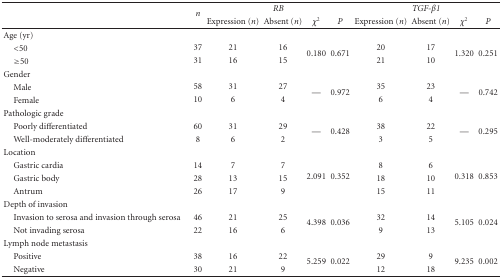
| <ROWSPAN=2>  | <ROWSPAN=2> n | <COLSPAN=4> RB | <COLSPAN=4> TGF-β1 |
 | Expression (n) | Absent (n) | χ2 | P | Expression (n) | Absent (n) | χ2 | P |
 | --- | --- | --- | --- | --- | --- | --- | --- | --- | --- |
 | Age (yr) |  |  |  |  |  |  |  |  |  |
 | <50 | 37 | 21 | 16 | <ROWSPAN=2> 0.180 | <ROWSPAN=2> 0.671 | 20 | 17 | <ROWSPAN=2> 1.320 | <ROWSPAN=2> 0.251 |
 | ≥50 | 31 | 16 | 15 | 21 | 10 |
 | Gender |  |  |  |  |  |  |  |  |  |
 | Male | 58 | 31 | 27 | <ROWSPAN=2> — | <ROWSPAN=2> 0.972 | 35 | 23 | <ROWSPAN=2> — | <ROWSPAN=2> 0.742 |
 | Female | 10 | 6 | 4 | 6 | 4 |
 | Pathologic grade |  |  |  |  |  |  |  |  |  |
 | Poorly differentiated | 60 | 31 | 29 | <ROWSPAN=2> — | <ROWSPAN=2> 0.428 | 38 | 22 | <ROWSPAN=2> — | <ROWSPAN=2> 0.295 |
 | Well-moderately differentiated | 8 | 6 | 2 | 3 | 5 |
 | Location |  |  |  |  |  |  |  |  |  |
 | Gastric cardia | 14 | 7 | 7 | <ROWSPAN=3> 2.091 | <ROWSPAN=3> 0.352 | 8 | 6 | <ROWSPAN=3> 0.318 | <ROWSPAN=3> 0.853 |
 | Gastric body | 28 | 13 | 15 | 18 | 10 |
 | Antrum | 26 | 17 | 9 | 15 | 11 |
 | Depth of invasion |  |  |  |  |  |  |  |  |  |
 | Invasion to serosa and invasion through serosa | 46 | 21 | 25 | <ROWSPAN=2> 4.398 | <ROWSPAN=2> 0.036 | 32 | 14 | <ROWSPAN=2> 5.105 | <ROWSPAN=2> 0.024 |
 | Not invading serosa | 22 | 16 | 6 | 9 | 13 |
 | Lymph node metastasis |  |  |  |  |  |  |  |  |  |
 | Positive | 38 | 16 | 22 | <ROWSPAN=2> 5.259 | <ROWSPAN=2> 0.022 | 29 | 9 | <ROWSPAN=2> 9.235 | <ROWSPAN=2> 0.002 |
 | Negative | 30 | 21 | 9 | 12 | 18 |